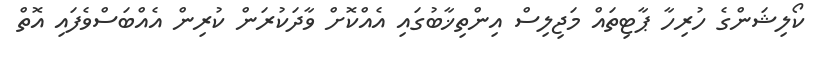
ކޯލިޝަންގެ ހުރިހާ ޕާޓިތައް މަޖިލިސް އިންތިޚާބުގައި އެއްކޮށް ވާދަކުރަން ކުރިން އެއްބަސްވެފައި އޮތް